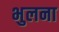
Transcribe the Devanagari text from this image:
भुलना